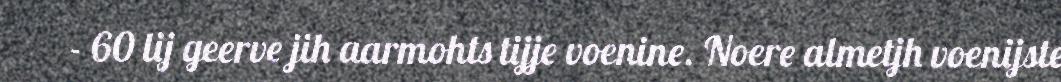
- 60 lij geerve jih aarmohts tijje voenine. Noere almetjh voenijste